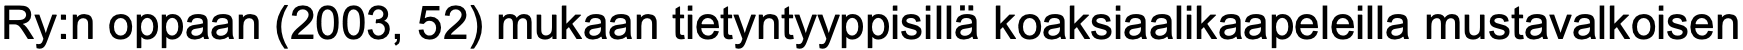
Ry:n oppaan (2003, 52) mukaan tietyntyyppisillä koaksiaalikaapeleilla mustavalkoisen